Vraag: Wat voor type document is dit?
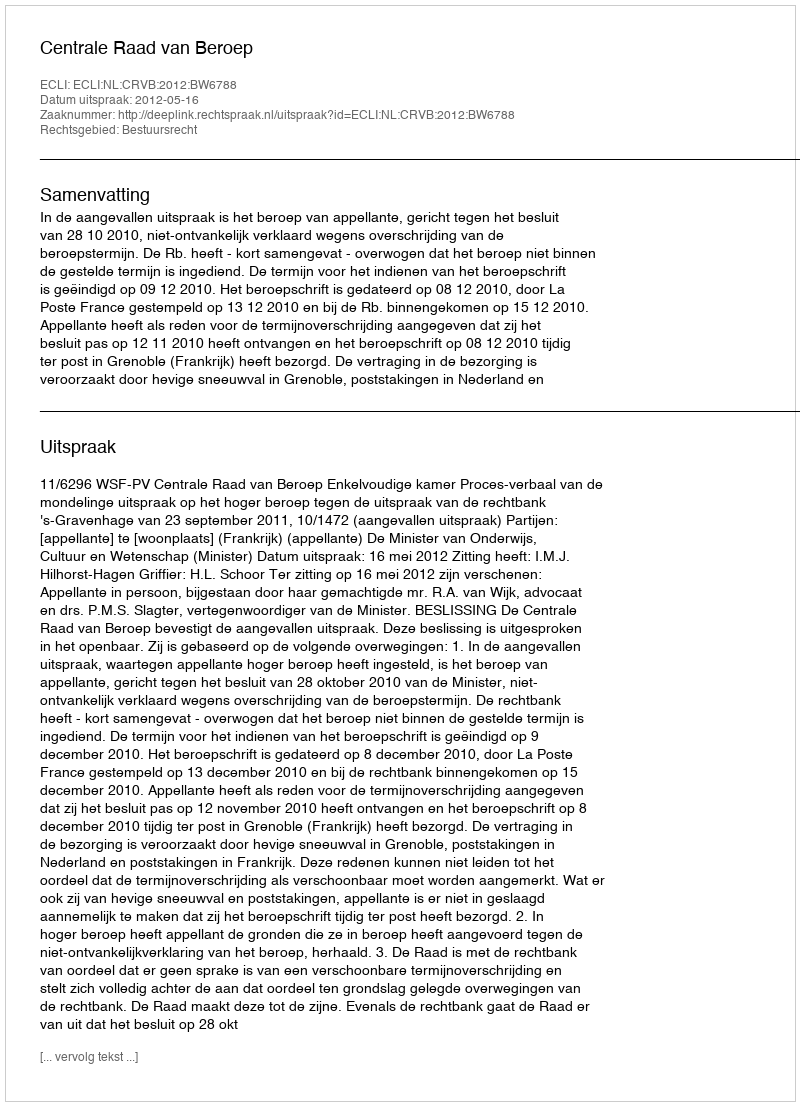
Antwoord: Uitspraak